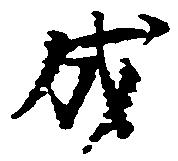
成